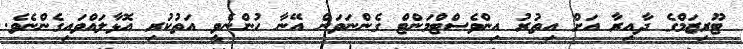
ޓޫރިޒަަމްގެ ދާއިރާ އަށް އިތުރު އިންވެސްޓްމަންޓް ގެންނަވަން އޭނާ ހުންނެވީ އަތުކުރި އޮޅާލައްވައިގެންނެވެ.